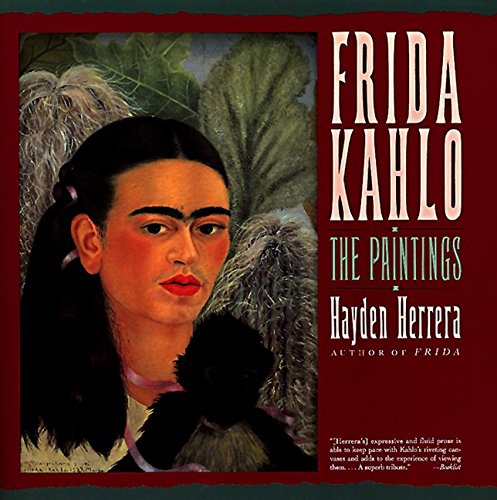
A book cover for Frida Kahlo: The Paintings; Hayden Herrera; Biographies & Memoirs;